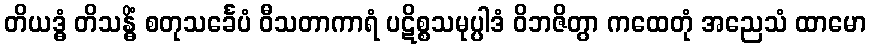
တိယဒ္ဓံ တိသန္ဓိံ စတုသင်္ခေပံ ဝီသတာကာရံ ပဋိစ္စသမုပ္ပါဒံ ဝိဘဇိတွာ ကထေတုံ အညေသံ ထာမော